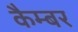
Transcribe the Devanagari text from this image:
कैम्बर